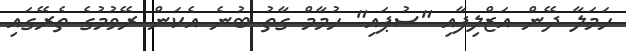
ހަމަލާ ދޭން އަޒްލިފާއި "ސުޕައި" ހުމާމް ގާތު ބުނެ އެކަން ރޭވުމުގެ ތެރޭގައި